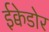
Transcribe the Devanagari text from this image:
ईक्वेडोर